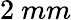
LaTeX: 2~mm